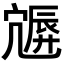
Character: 𡪮